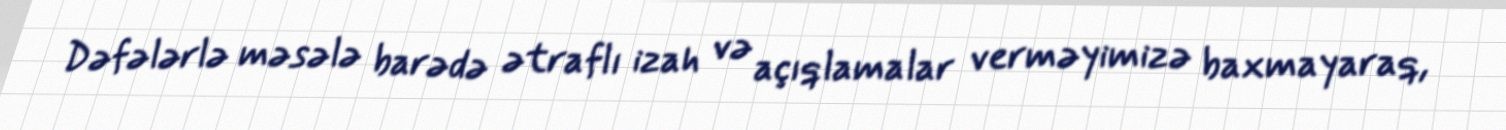
Dəfələrlə məsələ barədə ətraflı izah və açıqlamalar verməyimizə baxmayaraq,